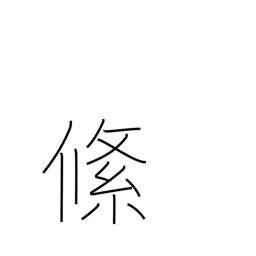
Meaning: braid